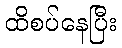
ထိစပ်နေပြီး